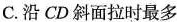
C.沿CD斜面拉时最多